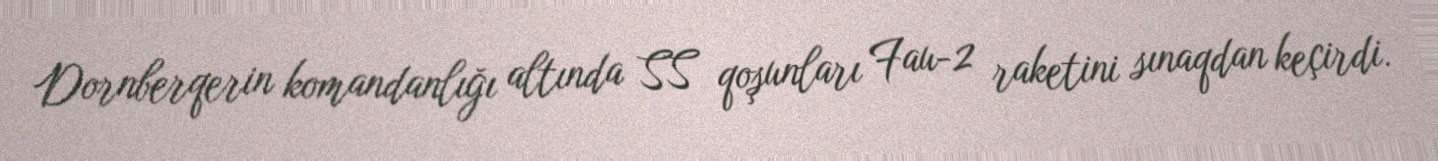
Dornberqerin komandanlığı altında SS qoşunları Fau-2 raketini sınaqdan keçirdi.